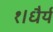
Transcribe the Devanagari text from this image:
१।धैर्य